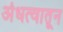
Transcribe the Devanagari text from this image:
अंधत्वातून